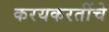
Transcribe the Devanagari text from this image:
करयकरतींचे